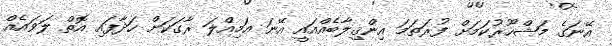
އޭނަގެ މަޝްހޫރުކަމަށް ފުރަތަމަ އިންޤިލާބެއްއައީ އޭނަ އަމިއްލަ ރާގަކަށް ހަދާފައި އޮތް ލަވައެއް